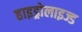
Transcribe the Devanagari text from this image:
हाइड्रोलाइज्ड